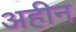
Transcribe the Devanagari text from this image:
अहीन